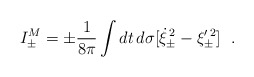
\begin{align*}I^M_{\pm}= \pm{1\over 8\pi} \int dt \, d\sigma[ \dot{\xi}_\pm^{\,2} - \xi'^{\,2}_\pm] ~~.\end{align*}